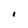
Character: i